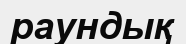
раундық